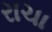
રાચા